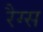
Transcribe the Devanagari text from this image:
रैग्स